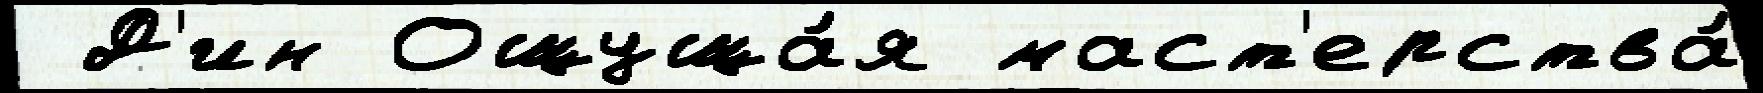
 Д'ин Ощуща́я маст'ерства́